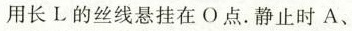
用长L的丝线悬挂在O点。静止时A、